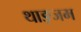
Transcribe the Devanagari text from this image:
थाङ्जम